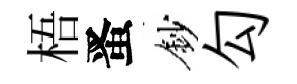
梧󱉠鈔勾